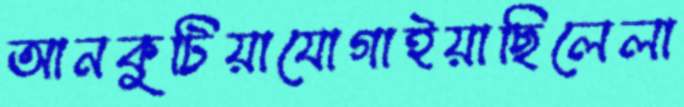
আনকুটিয়াযোগাইয়াছিলেলা